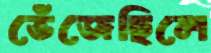
ভেঁজেছিলে